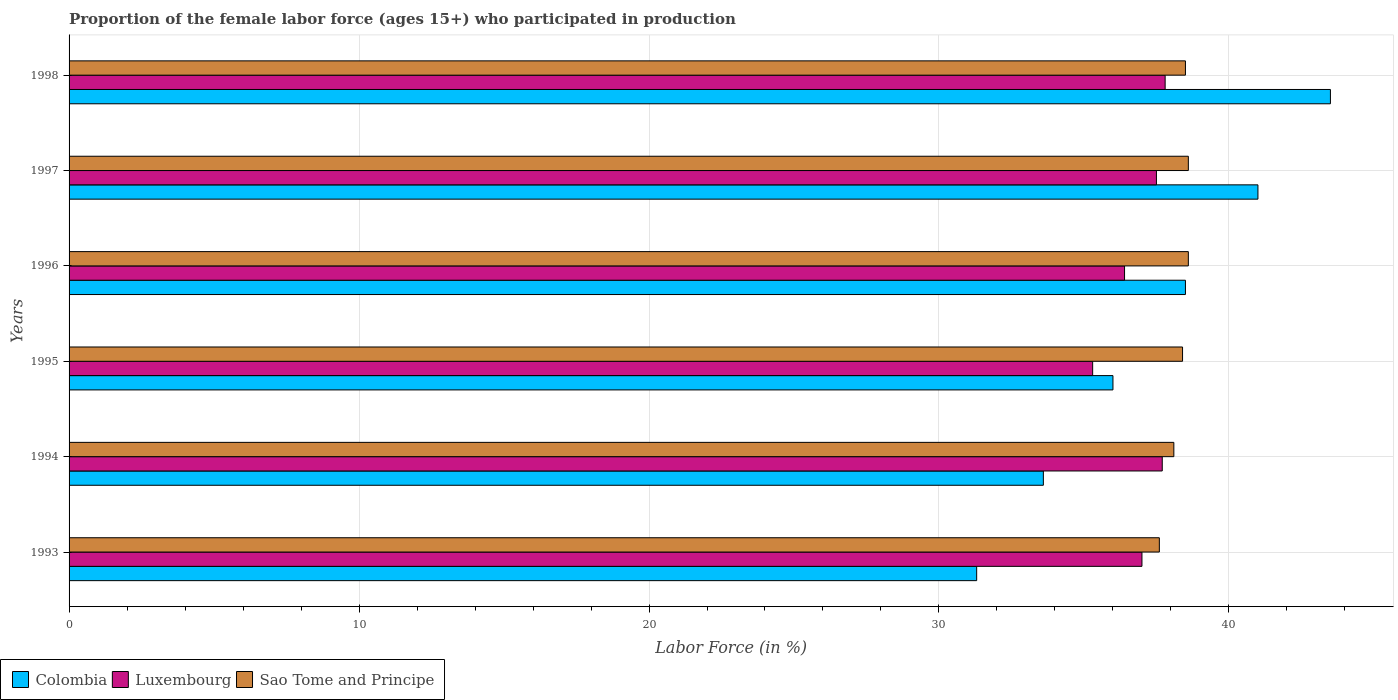
| Years | Colombia | Luxembourg | Sao Tome and Principe |
 | --- | --- | --- | --- |
 | 1993 | 31.3 | 37 | 37.6 |
 | 1994 | 33.6 | 37.7 | 38.1 |
 | 1995 | 36 | 35.3 | 38.4 |
 | 1996 | 38.5 | 36.4 | 38.6 |
 | 1997 | 41 | 37.5 | 38.6 |
 | 1998 | 43.5 | 37.8 | 38.5 |